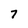
Character: 7